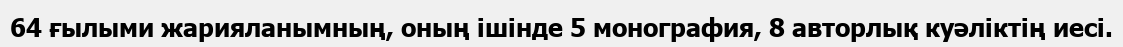
64 ғылыми жарияланымның, оның ішінде 5 монография, 8 авторлық куәліктің иесі.